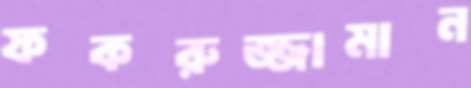
ফকরুজ্জামান